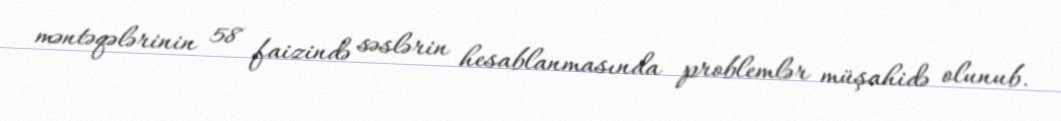
məntəqələrinin 58 faizində səslərin hesablanmasında problemlər müşahidə olunub.